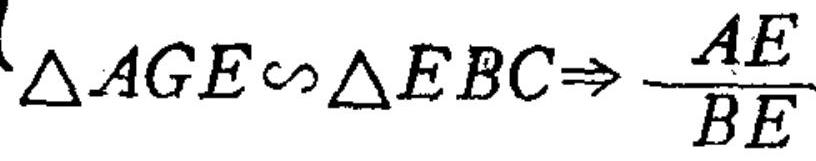
\(\triangle AGE\sim\triangle EBC\Rightarrow \frac{AE}{BE}\)